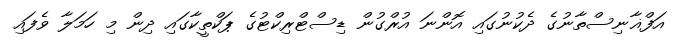
އަފްޣާނިސްތާނުގެ ދެކުނުގައި އޮންނަ އުރްގުން ޑިސްޓްރިކްޓުގެ ޕަކްތީކާގައި ދިން މި ހަމަލާ ވެފައި